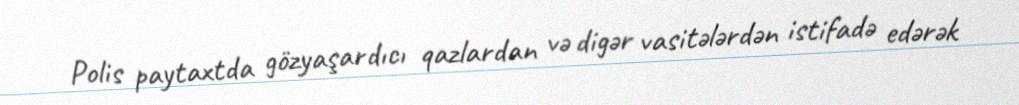
Polis paytaxtda gözyaşardıcı qazlardan və digər vasitələrdən istifadə edərək